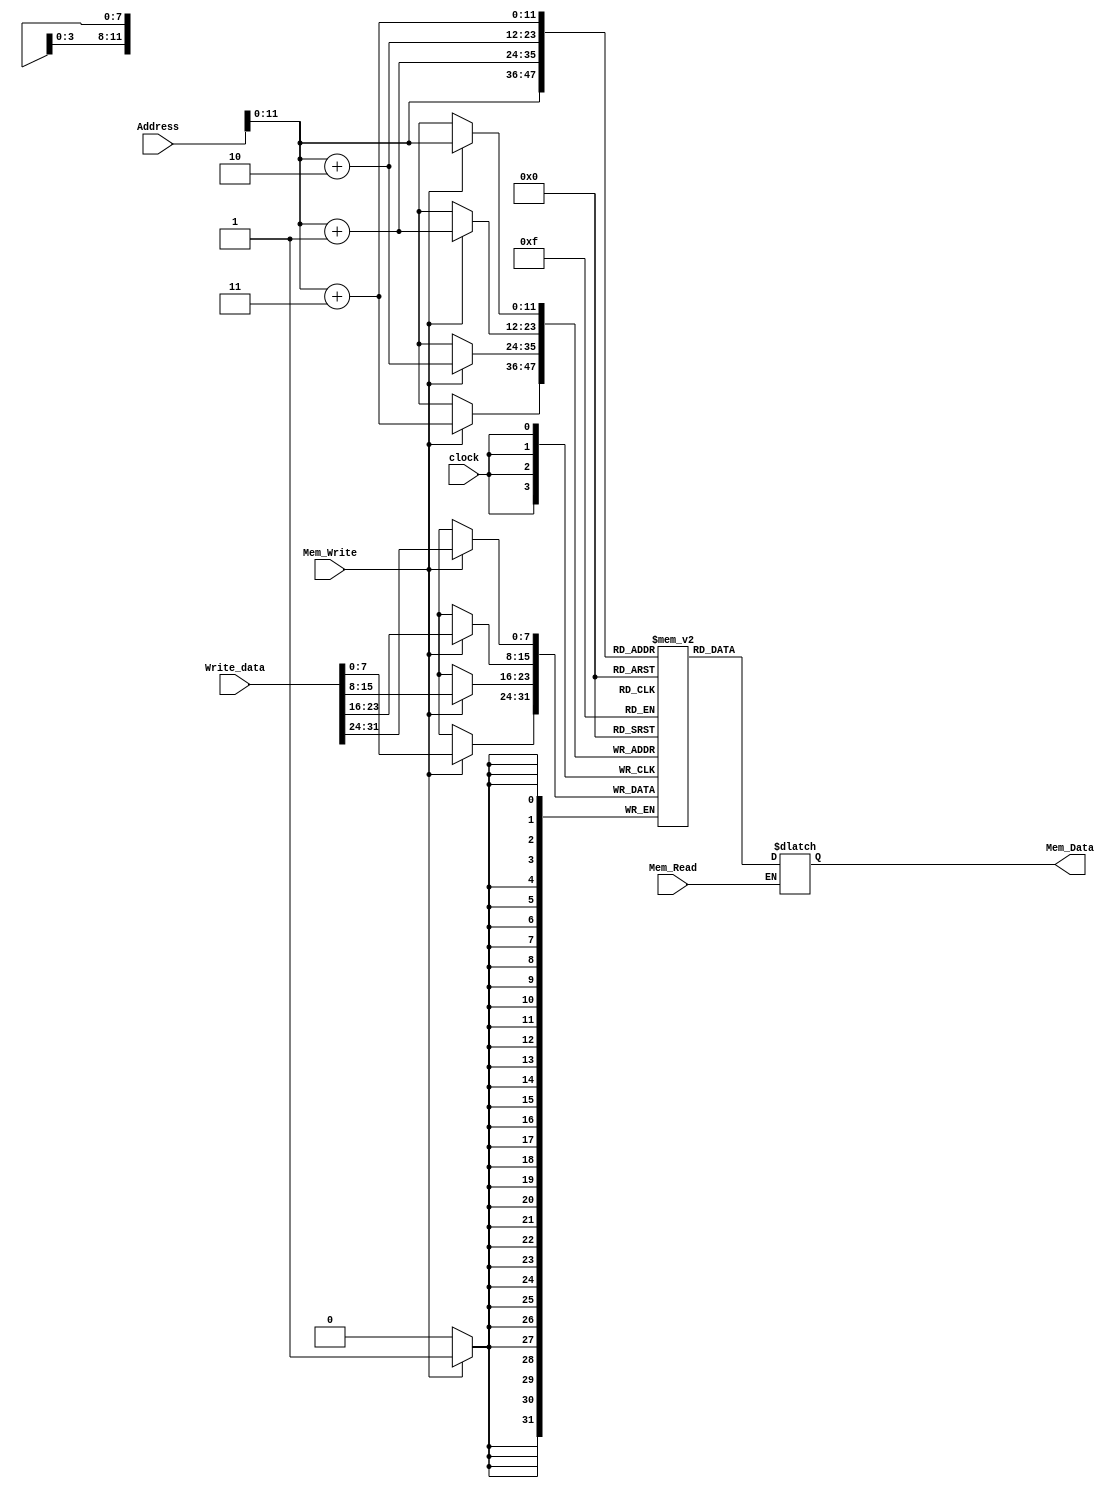
module Memory(input Mem_Write,Mem_Read,clock,
input[31:0]Address,Write_data,output reg [31:0] Mem_Data);
reg[7:0] Data_Mem [0:4095]; 
initial
begin
//add $10(t2) $19(s3) $20(s4)
Data_Mem[0]=8'h02;
Data_Mem[1]=8'h74;
Data_Mem[2]=8'h50;
Data_Mem[3]=8'h20;

//sub $10(t2) $20(s4) $19(s3)
Data_Mem[4]=8'h02;
Data_Mem[5]=8'h93;
Data_Mem[6]=8'h50;
Data_Mem[7]=8'h22;

//or $10(t2) $20(s4) $19(s3)
Data_Mem[8]=8'h02;
Data_Mem[9]=8'h93;
Data_Mem[10]=8'h50;
Data_Mem[11]=8'h25;

//and $10(t2) $20(s4) $19(s3)
Data_Mem[12]=8'h02;
Data_Mem[13]=8'h93;
Data_Mem[14]=8'h50;
Data_Mem[15]=8'h24;

//slt $10(t2) $20(s4) $19(s3)
Data_Mem[16]=8'h02;
Data_Mem[17]=8'h93;
Data_Mem[18]=8'h50; 
Data_Mem[19]=8'h2a;

// lw $t2 0x28($zero) load 40 41 42 43 place data in the register
Data_Mem[20]=8'h8c;
Data_Mem[21]=8'h0a;
Data_Mem[22]=8'h00; 
Data_Mem[23]=8'h28;

// sw $t2 0x30($zero) load 48 49 50 51 place data in the register
Data_Mem[24]=8'hac;
Data_Mem[25]=8'h0a;
Data_Mem[26]=8'h00; 
Data_Mem[27]=8'h30;

// beq $t3(19) $t5(21) 0x002
Data_Mem[28]=8'h11;
Data_Mem[29]=8'h6d;
Data_Mem[30]=8'h00; 
Data_Mem[31]=8'h03;

Data_Mem[40]=8'h33;
Data_Mem[41]=8'h22;
Data_Mem[42]=8'h11; 
Data_Mem[43]=8'h00;

//j 0x00 i.e. jump to zero
Data_Mem[44]=8'h08;
Data_Mem[45]=8'h00;
Data_Mem[46]=8'h00; 
Data_Mem[47]=8'h00;

end
always@(*)
begin 
case(Mem_Read)
  1'b1: begin
    Mem_Data[31:24] = Data_Mem[Address];
    Mem_Data[23:16] = Data_Mem[Address+32'd1];
    Mem_Data[15:8] = Data_Mem[Address+32'd2];        
    Mem_Data[7:0] = Data_Mem[Address+32'd3];
  end
endcase
end 
always@(posedge clock)
begin
case(Mem_Write)
  1'b1: begin
    Data_Mem[Address] = Write_data[31:24];
    Data_Mem[Address+32'd1] = Write_data[23:16];
    Data_Mem[Address+32'd2] = Write_data[15:8];
    Data_Mem[Address+32'd3] = Write_data[7:0];
  end 
endcase
end
endmodule